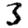
Digit: 3